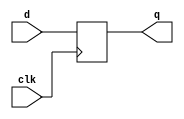
`timescale 1ns/10ps
module flop(clk, d, q);

input clk;
input [7:0] d;
output reg [7:0] q;

always@(posedge clk)
 q <= d;

endmodule